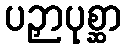
ပဉှာပုစ္ဆာ